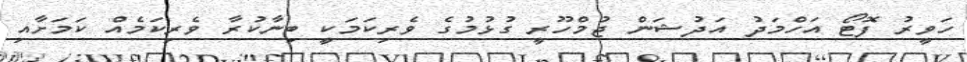
ހަވީރު ފޮޓޯ އަހްމަދު އަދުޝަން ޖުމްހޫރީ ގުޅުމުގެ ވެރިކަމަކީ ބިނާކުރާ ވެރިކަމެއް ކަމަށާއި